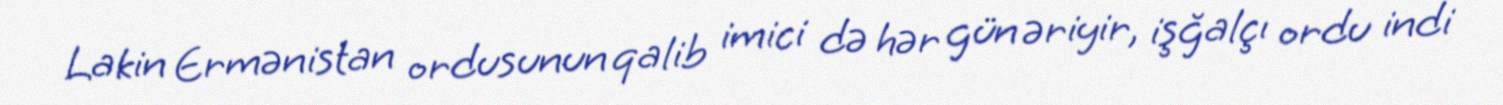
Lakin Ermənistan ordusunun qalib imici də hər gün əriyir, işğalçı ordu indi